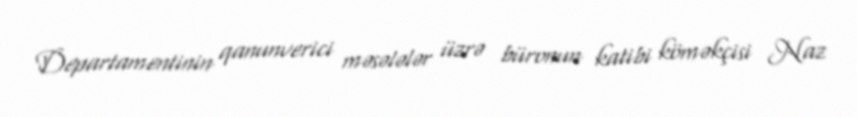
Departamentinin qanunverici məsələlər üzrə büronun katibi köməkçisi Naz